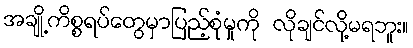
အချို့ကိစ္စရပ်တွေမှာပြည့်စုံမှုကို လိုချင်လို့မရဘူး။